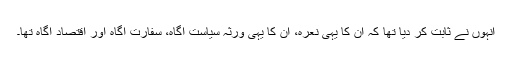
انہوں نے ثابت کر دیا تھا کہ ان کا یہی نعرہ، ان کا یہی ورثہ سیاست آگاہ، سفارت آگاہ اور اقتصاد آگاہ تھا۔